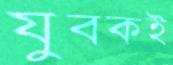
যুবকই